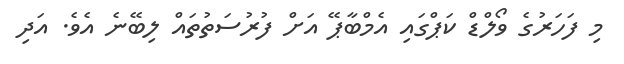
މި ފަހަރުގެ ވޯލްޑް ކަޕްގައި އެމްބާޕޭ އަށް ފުރުސަތުތައް ލިބޭނެ އެވެ. އަދި